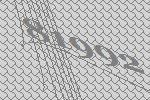
81992